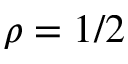
\rho = 1 / 2